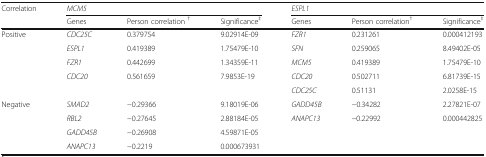
<table><thead><tr><td rowspan="2"><b>Correlation</b></td><td colspan="3"><b><i>MCM5</i></b></td><td colspan="3"><b><i>ESPL1</i></b></td></tr><tr><td><b>Genes</b></td><td><b>Person correlation <sup>†</sup></b></td><td><b>Significance<sup>‡</sup></b></td><td><b>Genes</b></td><td><b>Person correlation<sup>†</sup></b></td><td><b>Significance<sup>‡</sup></b></td></tr></thead><tbody><tr><td rowspan="5">Positive</td><td><i>CDC25C</i></td><td>0.379754</td><td>9.02914E-09</td><td><i>FZR1</i></td><td>0.231261</td><td>0.000412193</td></tr><tr><td><i>ESPL1</i></td><td>0.419389</td><td>1.75479E-10</td><td><i>SFN</i></td><td>0.259065</td><td>8.49402E-05</td></tr><tr><td><i>FZR1</i></td><td>0.442699</td><td>1.34359E-11</td><td><i>MCM5</i></td><td>0.419389</td><td>1.75479E-10</td></tr><tr><td><i>CDC20</i></td><td>0.561659</td><td>7.9853E-19</td><td><i>CDC20</i></td><td>0.502711</td><td>6.81739E-15</td></tr><tr><td></td><td></td><td></td><td><i>CDC25C</i></td><td>0.51131</td><td>2.0258E-15</td></tr><tr><td rowspan="3">Negative</td><td><i>SMAD2</i></td><td>−0.29366</td><td>9.18019E-06</td><td><i>GADD45B</i></td><td>−0.34282</td><td>2.27821E-07</td></tr><tr><td><i>RBL2</i></td><td>−0.27645</td><td>2.88184E-05</td><td><i>ANAPC13</i></td><td>−0.22992</td><td>0.000442825</td></tr><tr><td><i>GADD45B</i></td><td>−0.26908</td><td>4.59871E-05</td><td></td><td></td><td></td></tr><tr><td></td><td><i>ANAPC13</i></td><td>−0.2219</td><td>0.000673931</td><td></td><td></td><td></td></tr></tbody></table>